Civil Veterinary Dept. Bombay admin report 1932-41 - 1932-1941
Year: 1932
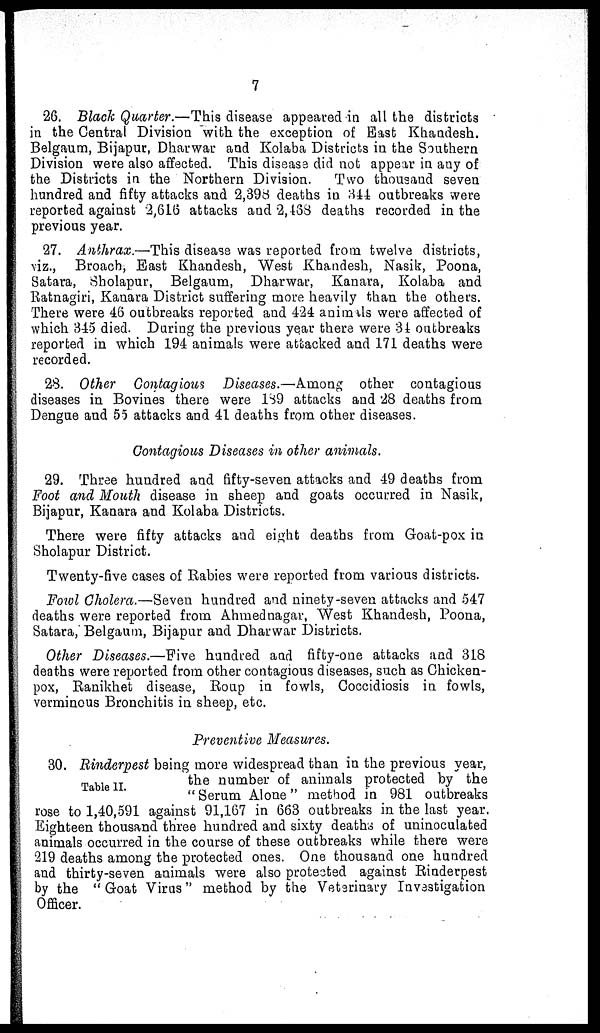
7
26. Black Quarter.—This disease appeared in all the districts
in the Central Division with the exception of East Khandesh.
Belgaum, Bijapur, Dharwar and Kolaba Districts in the Southern
Division were also affected. This disease did not appear in any of
the Districts in the Northern Division.
Two thousand seven
hundred and fifty attacks and 2,398 deaths in 344 outbreaks were
reported against 2,616 attacks and 2,468 deaths recorded in the
previous year.
27. Anthrax.—This disease was reported from twelve districts,
viz., Broach, East Khandesh, West Khandesh, Nasik, Poona,
Satara, Sholapur, Belgaum, Dharwar, Kanara, Kolaba and
Ratnagiri, Kanara District suffering more heavily than the others.
There were 46 outbreaks reported and 424 animals were affected of
which 345 died. During the previous year there were 34 outbreaks
reported in which 194 animals were attacked and 171 deaths were
recorded.
28. Other Contagious Diseases.—Among other contagious
diseases in Bovines there were 189 attacks and 28 deaths from
Dengue and 55 attacks and 41 deaths from other diseases.
Contagious Diseases in other animals.
29. Three hundred and fifty-seven attacks and 49 deaths from
Foot and Mouth disease in sheep and goats occurred in Nasik,
Bijapur, Kanara and Kolaba Districts.
There were fifty attacks and eight deaths from Goat-pox in
Sholapur District.
Twenty-five cases of Rabies were reported from various districts.
Fowl Cholera.—Seven hundred and ninety-seven attacks and 547
deaths were reported from Ahmednagar, West Khandesh, Poona,
Satara, Belgaum, Bijapur and Dharwar Districts.
Other Diseases.—Five hundred and fifty-one attacks and 318
deaths were reported from other contagious diseases, such as Chicken-
pox, Ranikhet disease, Roup in fowls, Coccidiosis in fowls,
verminous Bronchitis in sheep, etc.
Preventive Measures.
Table II.
30. Rinderpest being more widespread than in the previous year,
the number of animals protected by the
"Serum Alone" method in 981 outbreaks
rose to 1,40,591 against 91,167 in 663 outbreaks in the last year.
Eighteen thousand three hundred and sixty deaths of uninoculated
animals occurred in the course of these outbreaks while there were
219 deaths among the protected ones. One thousand one hundred
and thirty-seven animals were also protected against Rinderpest
by the "Goat Virus" method by the Veterinary Investigation
Officer.